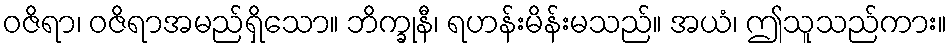
ဝဇိရာ၊ ဝဇိရာအမည်ရှိသော။ ဘိက္ခုနီ၊ ရဟန်းမိန်းမသည်။ အယံ၊ ဤသူသည်ကား။